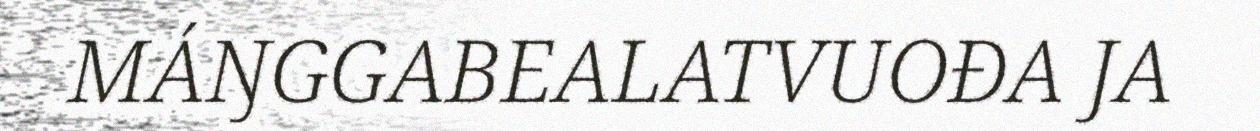
MÁŊGGABEALATVUOĐA JA